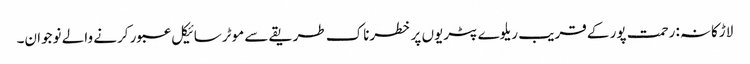
لاڑکانہ: رحمت پور کے قریب ریلوے پٹریوں پر خطرناک طریقے سے موٹرسائیکل عبور کرنے والے نوجوان۔